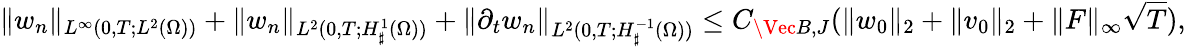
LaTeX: \| w_{n}\| _{L^{\infty}(0,T;L^{2}(\Omega))}+\| w_{n}\| _{L^{2}(0,T;H_{\sharp}^{1}(\Omega))}+\| \partial_{t}w_{n}\| _{L^{2}(0,T;H_{\sharp}^{-1}(\Omega))}\leq C_{\Vec{B},J}(\| w_{0}\| _{2}+\| v_{0}\| _{2}+\| F\| _{\infty}\sqrt{T}),